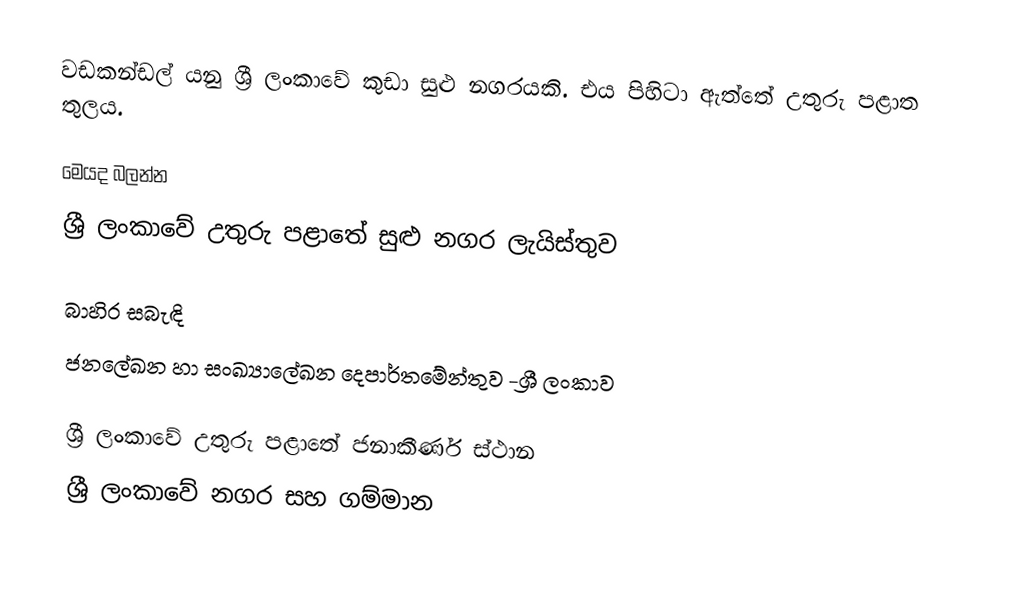
වඩකන්ඩල්  යනු ශ්‍රී ලංකාවේ කුඩා සුළු නගරයකි. එය පිහිටා ඇත්තේ උතුරු පළාත තුලය.

මෙයද බලන්න
ශ්‍රී ලංකාවේ උතුරු පළාතේ සුළු නගර ලැයිස්තුව

බාහිර සබැඳි
ජනලේඛන හා සංඛ්‍යාලේඛන දෙපාර්තමේන්තුව -ශ්‍රී ලංකාව

ශ්‍රී ලංකාවේ උතුරු පළාතේ ජනාකීර්ණ ස්ථාන
ශ්‍රී ලංකාවේ නගර සහ ගම්මාන